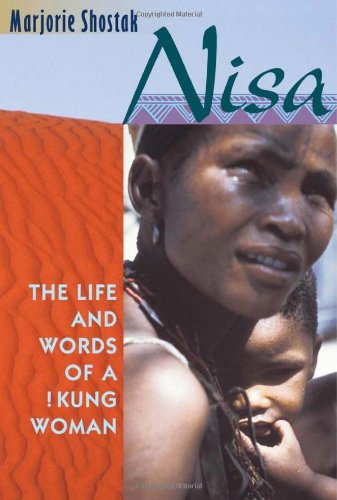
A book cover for Nisa: The Life and Words of a !Kung Woman; Marjorie Shostak; Science & Math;